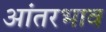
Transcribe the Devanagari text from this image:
आंतरभाव